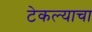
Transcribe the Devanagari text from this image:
टेकल्याचा